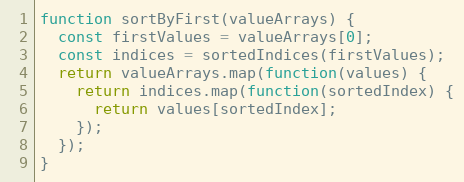
Language: JavaScript
function sortByFirst(valueArrays) {
  const firstValues = valueArrays[0];
  const indices = sortedIndices(firstValues);
  return valueArrays.map(function(values) {
    return indices.map(function(sortedIndex) {
      return values[sortedIndex];
    });
  });
}